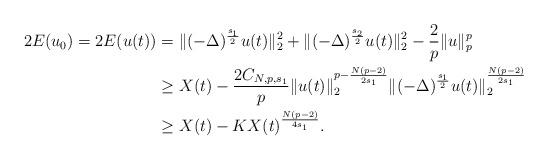
LaTeX: \begin{align*}2E(u_0)=2E(u(t)) & =\|(-\Delta)^{\frac{s_1}{2}}u(t)\|_2^2+\|(-\Delta)^{\frac{s_2}{2}}u(t)\|_2^2 -\frac{2}{p}\|u\|_p^p \\& \geq X(t)-\frac{2C_{N,p,s_1}}{p}\|u(t)\|_2^{p-\frac{N(p-2)}{2s_1}}\|(-\Delta)^{\frac{s_1}{2}}u(t)\|_2^{\frac{N(p-2)}{2s_1}}\\& \geq X(t)-KX(t)^{\frac{N(p-2)}{4s_1}}.\end{align*}